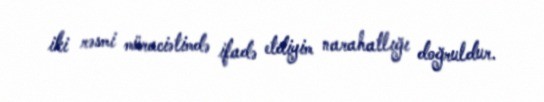
iki rəsmi müraciətimdə ifadə etdiyim narahatlığı doğruldur.